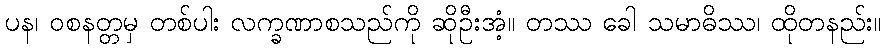
ပန၊ ဝစနတ္တမှ တစ်ပါး လက္ခဏာစသည်ကို ဆိုဦးအံ့။ တဿ ခေါ သမာဓိဿ၊ ထိုတနည်း။